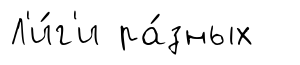
Л'и́г'и ра́зных